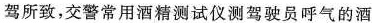
驾所致，交警常用酒精测试仪测驾驶员呼气的酒